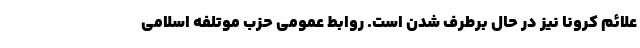
علائم کرونا نیز در حال برطرف شدن است. روابط عمومی حزب موتلفه اسلامی